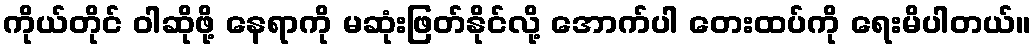
ကိုယ်တိုင် ဝါဆိုဖို့ နေရာကို မဆုံးဖြတ်နိုင်လို့ အောက်ပါ တေးထပ်ကို ရေးမိပါတယ်။